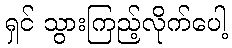
ရှင် သွားကြည့်လိုက်ပေါ့